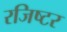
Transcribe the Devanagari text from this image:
रजिष्टर